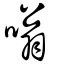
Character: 嗡